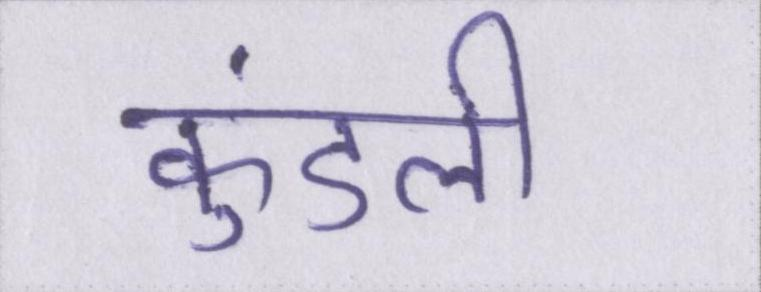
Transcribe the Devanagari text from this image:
कुंडली